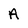
Character: A